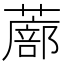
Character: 𫉾